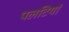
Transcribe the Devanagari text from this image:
पलटियां